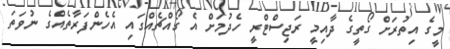
މީގެ އިތުރަށް ގޯތީގެ ދާއިމީ ރަޖިސްޓްރީ ހެދުމަށް އެ ގޯއްޗެއްގައި އެހެންފަރާތެއްގެ ނުވަތަ